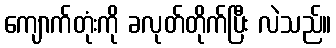
ကျောက်တုံးကို ခလုတ်တိုက်ပြီး လဲသည်။